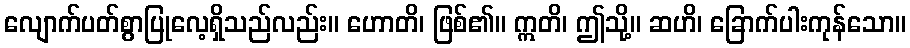
လျောက်ပတ်စွာပြုလေ့ရှိသည်လည်း။ ဟောတိ၊ ဖြစ်၏။ ဣတိ၊ ဤသို့။ ဆဟိ၊ ခြောက်ပါးကုန်သော။